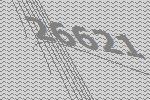
26621